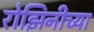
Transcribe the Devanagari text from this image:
रोझिनीच्या